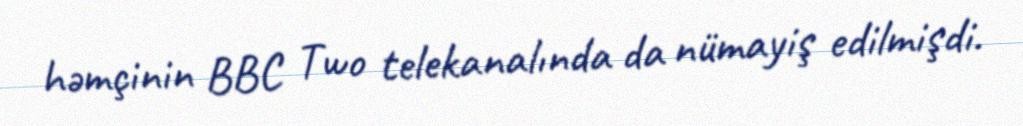
həmçinin BBC Two telekanalında da nümayiş edilmişdi.